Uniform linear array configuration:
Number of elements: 12
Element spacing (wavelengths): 0.25
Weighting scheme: hamming
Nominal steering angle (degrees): -45
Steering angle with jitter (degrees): -43.079
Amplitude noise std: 0.05
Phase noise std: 0.05

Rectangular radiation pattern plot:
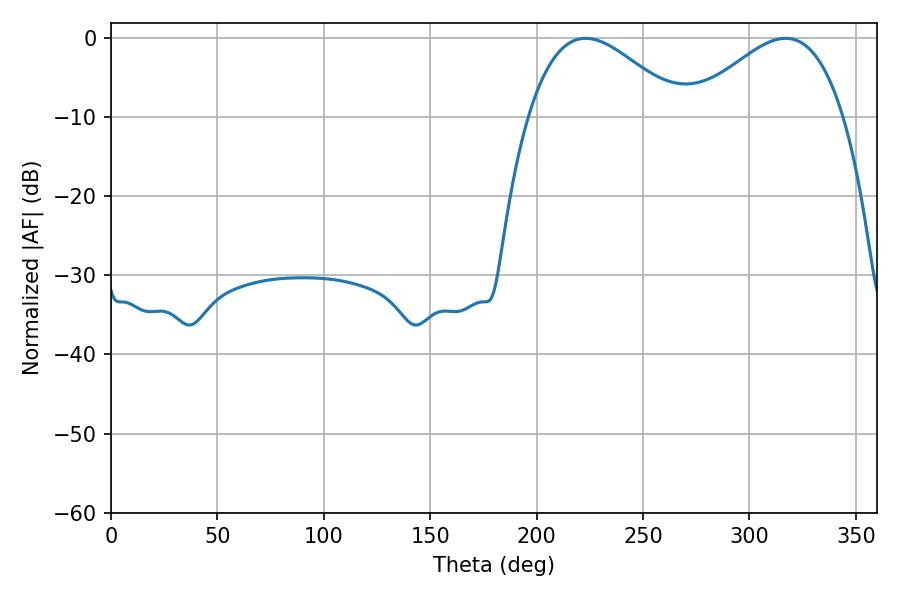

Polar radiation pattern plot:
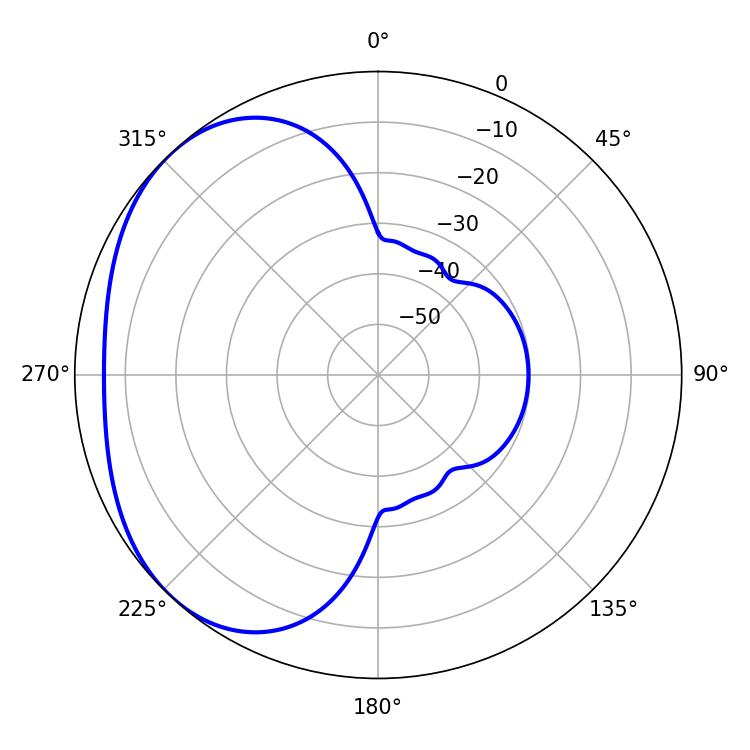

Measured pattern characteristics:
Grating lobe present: FALSE
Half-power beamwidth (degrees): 38.88
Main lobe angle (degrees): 223.02